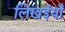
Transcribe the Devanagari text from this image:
लिखईयाँ